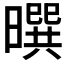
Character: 𰖮